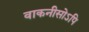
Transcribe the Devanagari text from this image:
वाकनीसोऽपि